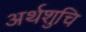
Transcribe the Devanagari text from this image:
अर्थशुचि